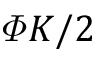
\varPhi K / 2